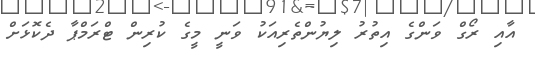
އާއި ރޯގް ވަންގެ އިތުރު ލިޔުންތެރިއަކު ވަނީ މީގެ ކުރިން ޓްރަމްޕާ ދެކޮޅަށް